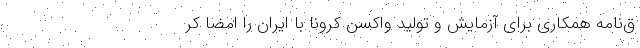
ق‌نامه همکاری برای آزمایش و تولید واکسن کرونا با ایران را امضا کر